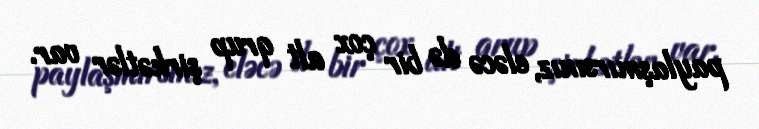
paylaşmırsınız, eləcə də bir çox alt qrup şirkətlər var.